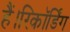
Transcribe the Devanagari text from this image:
हैं।रिकॉर्डिंग